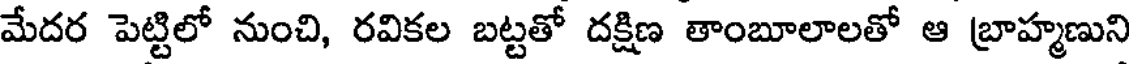
మేదర పెట్టిలో నుంచి, రవికల బట్టతో దక్షిణ తాంబూలాలతో ఆ బ్రాహ్మణుని